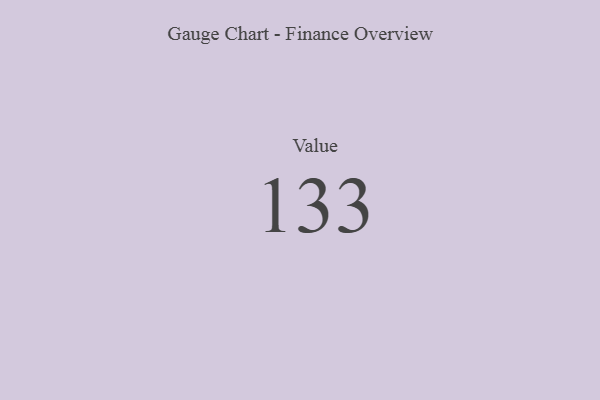
{"axis": {"x": "Metric", "y": "Value"}, "legend": [""], "data": [{"x": "Value", "y": 133, "type": ""}]}